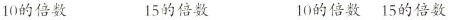
10的倍数 15的倍数 10的倍数15的倍数